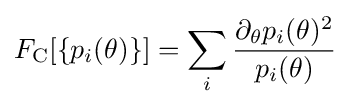
F_{\rm {C}}[\{p_{i}(\theta )\}]=\sum _{i}{\frac {\partial _{\theta }p_{i}(\theta )^{2}}{p_{i}(\theta )}}